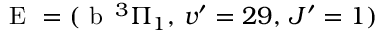
\textrm { E } = ( \textrm { b } \, ^ { 3 } \Pi _ { 1 } , \, v ^ { \prime } = 2 9 , \, J ^ { \prime } = 1 )